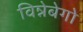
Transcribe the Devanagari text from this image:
विन्नेबेगो